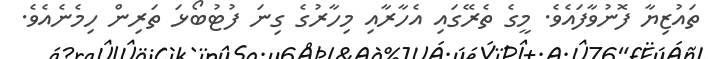
ތައުޒިޔާ ފޮނުވާފައެވެ. މީގެ ތެރޭގައި އެހާރާއި މިހާރުގެ ގިނަ ފުޓުބޯޅަ ތަރިން ހިމެނެއެވެ.